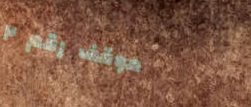
موقف رقم ٢